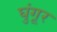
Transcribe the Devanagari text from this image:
घुंगूर